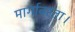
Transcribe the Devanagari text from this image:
मार्गावरता।